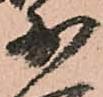
少